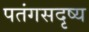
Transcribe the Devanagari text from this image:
पतंगसदृष्य